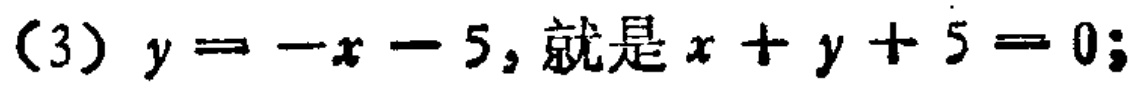
（3）$y=-x - 5$, 就是$x + y + 5 = 0$;